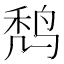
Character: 𪉍